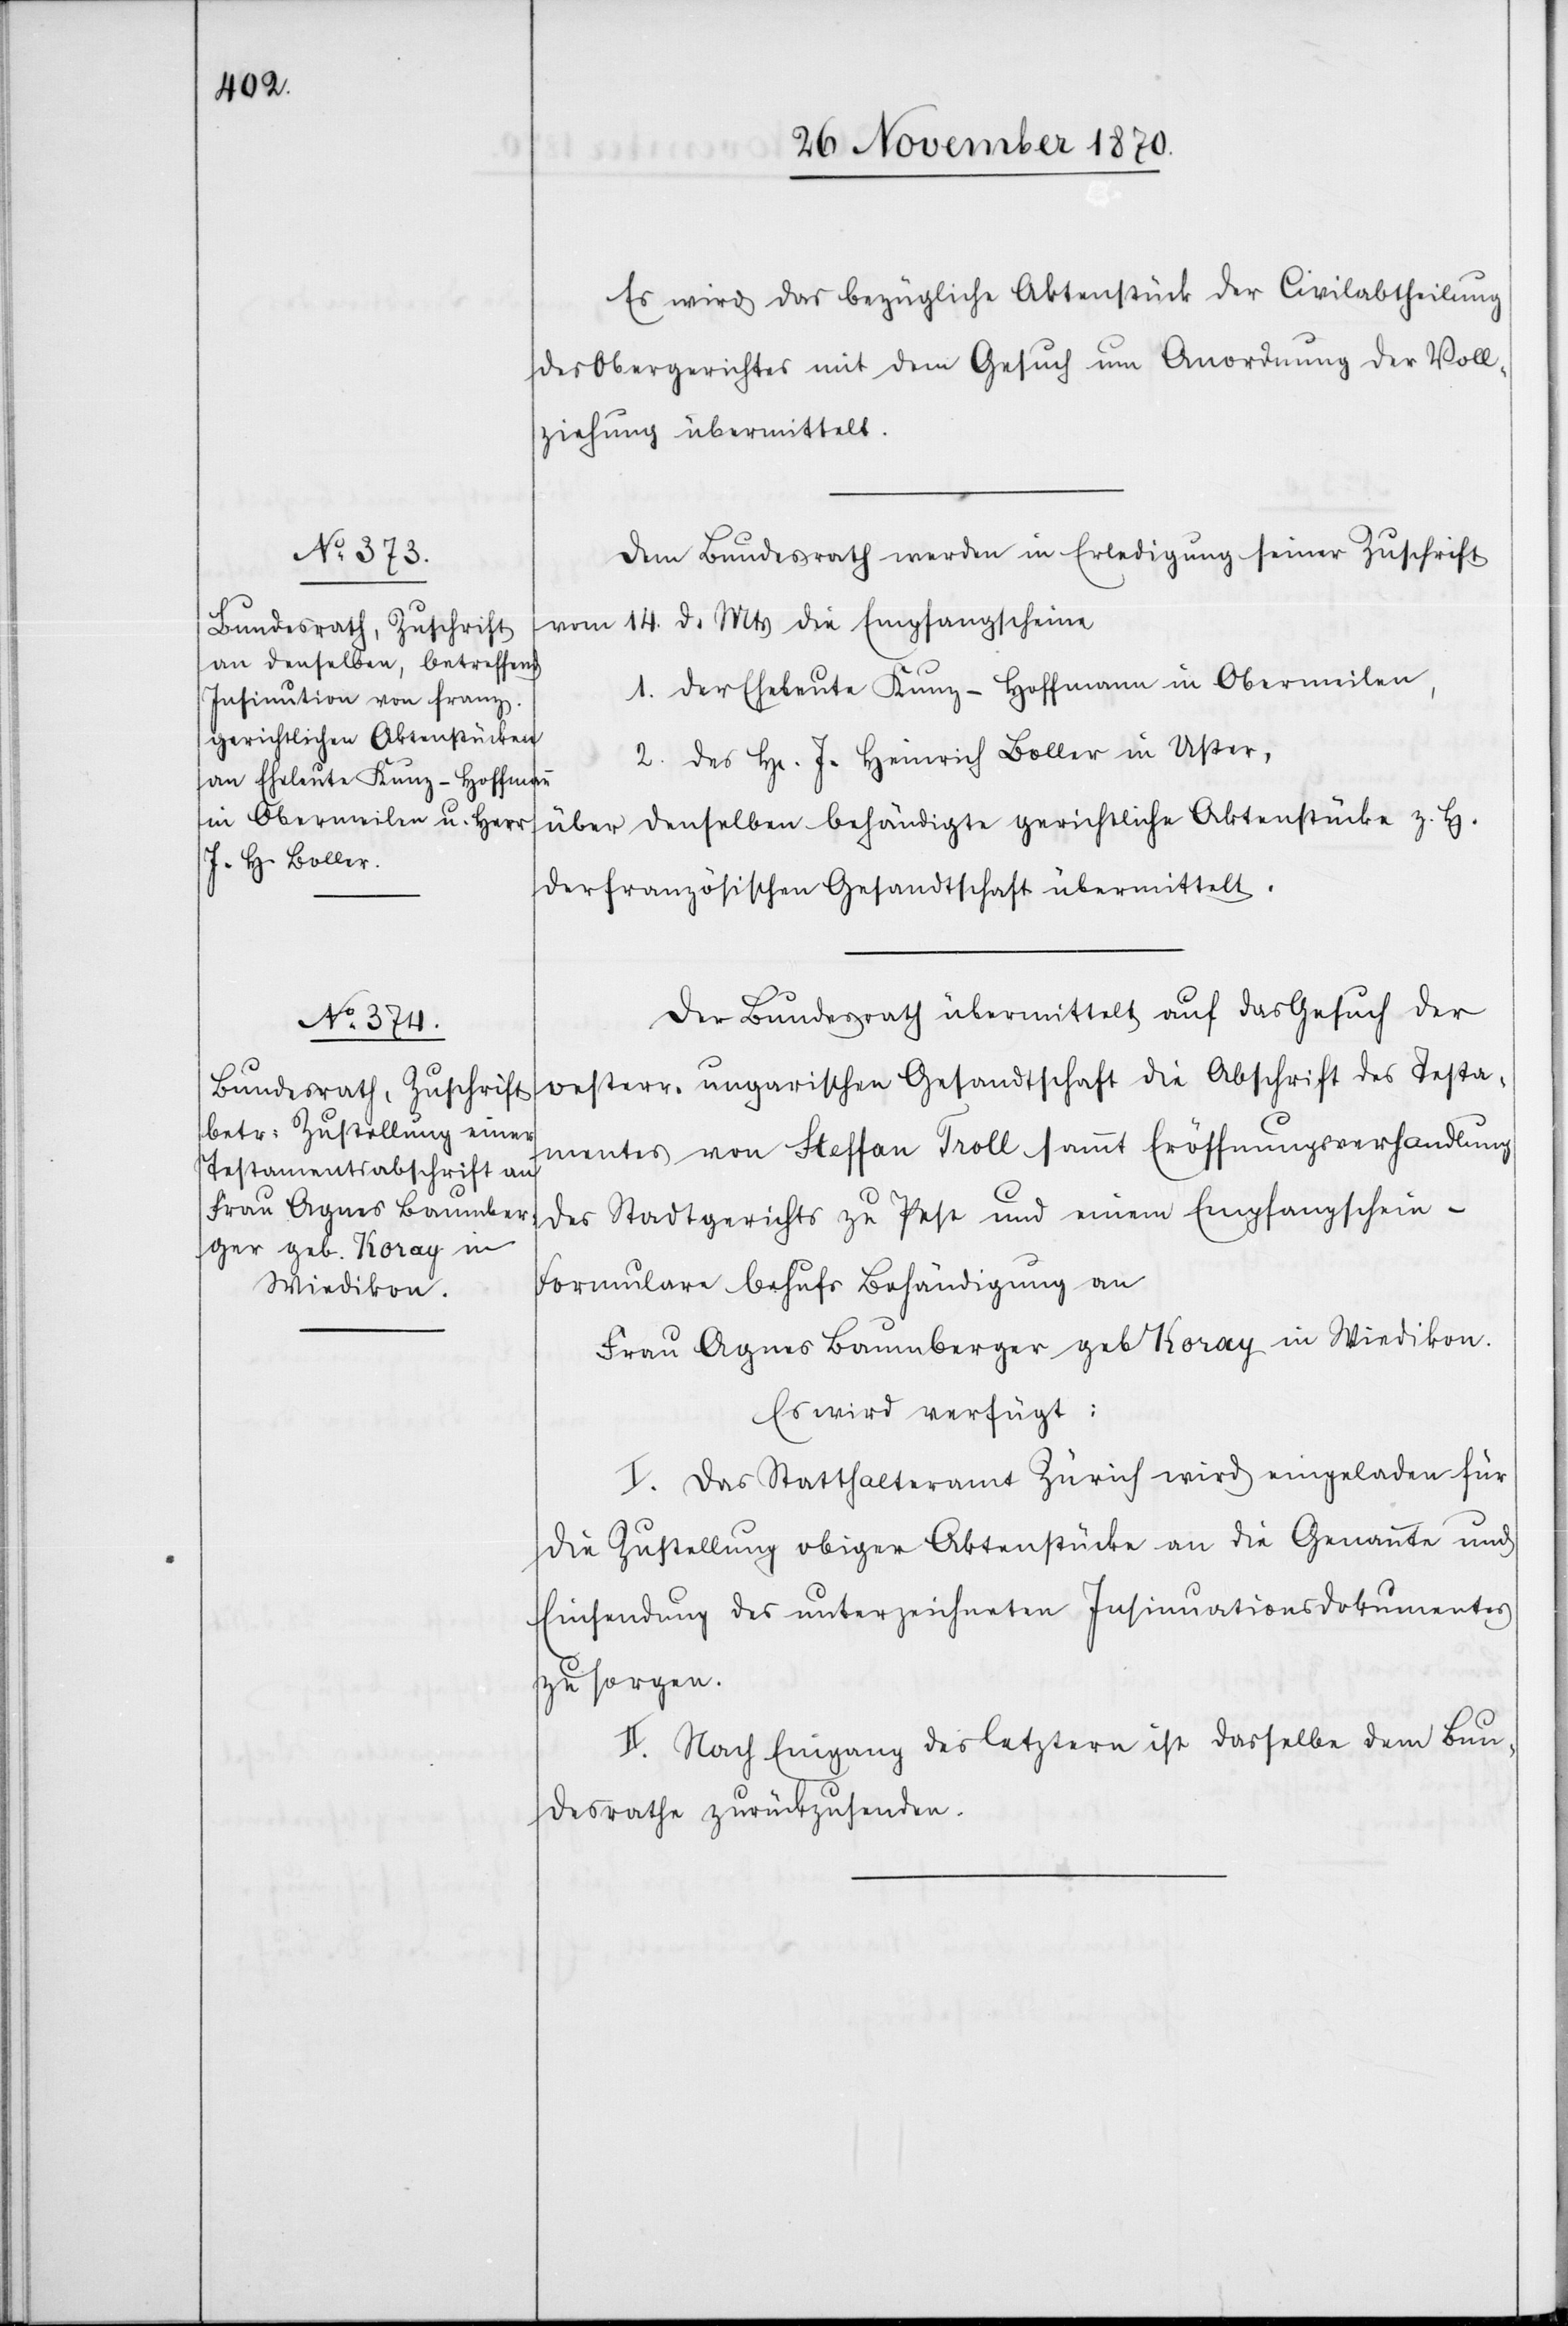
30. November 1870.]
Es wird das bezügliche Aktenstück der Civilabtheilung
des Obergerichtes mit dem Gesuch um Anordnung der Voll¬
ziehung übermittelt.
Dem Bundesrath werde in Erledigung seiner Zuschrift
vom 14. d. Mts die Empfangscheine
1. der Eheleute Kunz-Hoffmann in Obermeilen,
2. des H[errn] J. Heinrich Boller in Uster,
über denselben behändigte gerichtliche Aktenstücke z. H.
der französischen Gesandtschaft übermittelt.
Der Bundesrath übermittelt auf das Gesuch der
oesterr-ungarischen Gesandtschaft die Abschrift des Testa¬
mentes von Steffan Troll sammt Eröffnungsverhandlung
des Stadtgerichts zu Pest und einem Empfangschein-F¬
ormulare behufs Behändigung an
Frau Agnes Baumberger geb. Koray in Wiedikon.
Es wird verfügt:
I. Das Statthalteramt Zürich wird eingeladen für
die Zustellung obiger Aktenstücke an die Genannte und
Einsendung des unterzeichneten Insinuationsdokumentes
zu sorgen.
II. Nach Eingang des letztern ist dasselbe dem Bun¬
desrathe zurückzusenden.